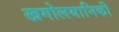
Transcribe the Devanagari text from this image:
खगोलयानिकी